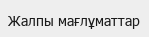
Жалпы мағлұматтар